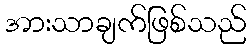
အားသာချက်ဖြစ်သည်